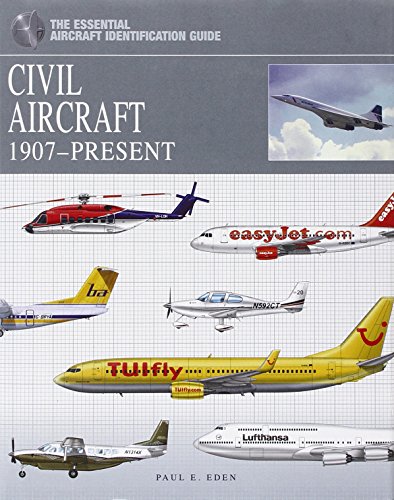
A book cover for Civil Aircraft: 1907-Present (Essential Aircraft Identification Guide); Paul Eden; History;